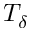
T _ { \delta }